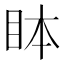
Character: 𬑊